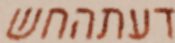
דעתהחש